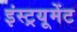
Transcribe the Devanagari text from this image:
इंस्ट्रयूमेंट